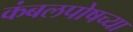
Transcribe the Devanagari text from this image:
कंबलपोषच्या